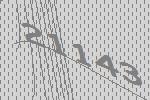
21143